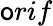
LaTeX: \mathsf{o}rif